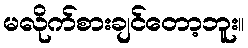
မလိုက်စားချင်တော့ဘူး။